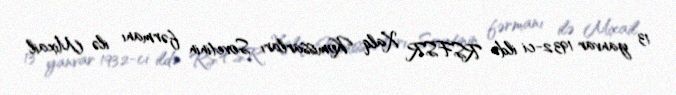
13 yanvar 1932-ci ildə RSFSR Xalq Komissarları Sovetinin fərmanı ilə Mixail